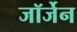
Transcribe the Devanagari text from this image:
जॉर्जेन